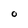
Character: O